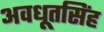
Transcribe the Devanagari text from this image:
अवधूतसिंह